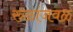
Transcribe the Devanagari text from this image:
रुळांजवळ